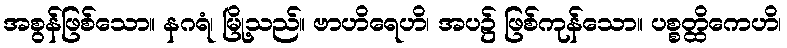
အစွန်ဖြစ်သော။ နဂရံ၊ မြို့သည်။ ဗာဟိရေဟိ၊ အပ၌ ဖြစ်ကုန်သော။ ပစ္စတ္ထိကေဟိ၊